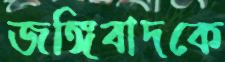
জঙ্গিবাদকে